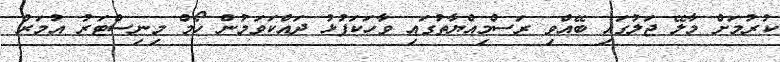
ކުރުމަށް މާލޭ ޖަލުގައި ބޭއްވި ރަސްމިއްޔާތުގައި ވާހަކަފުޅު ދައްކަވަމުން ހޯމް މިނިސްޓަރު އުމަރު